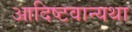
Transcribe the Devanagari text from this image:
आदिष्टवान्यथा